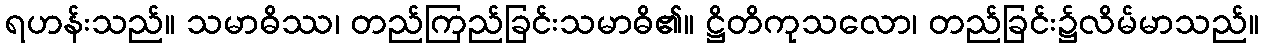
ရဟန်းသည်။ သမာဓိဿ၊ တည်ကြည်ခြင်းသမာဓိ၏။ ဋ္ဌိတိကုသလော၊ တည်ခြင်း၌လိမ်မာသည်။